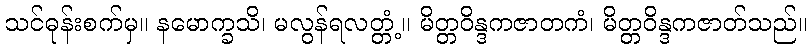
သင်ဓုန်းစက်မှ။ နမောက္ခသိ၊ မလွန်ရလတ္တံ့။ မိတ္တဝိန္ဒကဇာတကံ၊ မိတ္တဝိန္ဒကဇာတ်သည်။